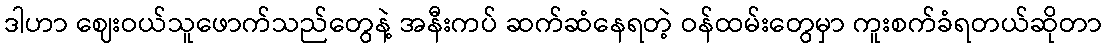
ဒါဟာ ဈေးဝယ်သူဖောက်သည်တွေနဲ့ အနီးကပ် ဆက်ဆံနေရတဲ့ ဝန်ထမ်းတွေမှာ ကူးစက်ခံရတယ်ဆိုတာ